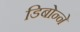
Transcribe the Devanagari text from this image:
डिबोन्ने